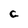
Character: C